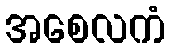
အစေလကံ